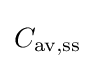
C_{{\text{av}},{\text{ss}}}